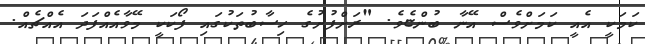
ކަމަކީ އެއީ ކަމަށްވެސް އޭނާ ބުންޏެވެ. "ރަށްފުށުގެ ހިސާބުތަކުގައި ފޯކަކީ މޭވާއެއްފަދަ އެއްޗެއް.